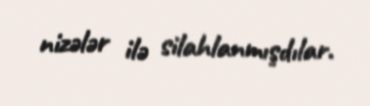
nizələr ilə silahlanmışdılar.